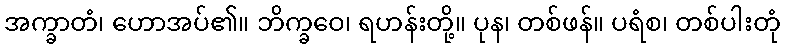
အက္ခာတံ၊ ဟောအပ်၏။ ဘိက္ခဝေ၊ ရဟန်းတို့။ ပုန၊ တစ်ဖန်။ ပရံစ၊ တစ်ပါးတုံ